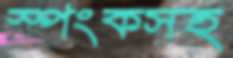
স্পংকসহ